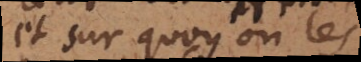
et sur quoy on les